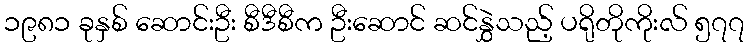
၁၉၈၁ ခုနှစ် ဆောင်းဦး စီဒီစီက ဦးဆောင် ဆင်နွှဲသည့် ပရိုတိုကိုးလ် ၅၇၇